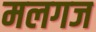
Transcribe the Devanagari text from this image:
मलगज